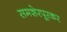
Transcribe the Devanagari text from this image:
समशेरपूरकर